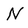
Character: N